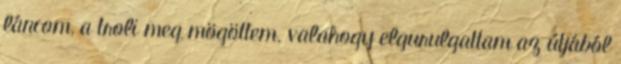
láncom, a troli meg mögöttem. valahogy elgurulgattam az útjából